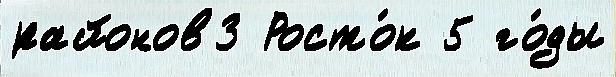
районов3 Росто́к 5 го́ды